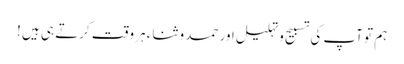
ہم تو آپ کی تسبیح و تہلیل اور حمد و ثناء ہر وقت کرتے ہی ہیں !